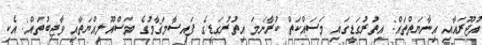
އުޖޫރައާއި އިނާޔަތްތައް: އިތުރުގަޑީގައި މަސައްކަތް ކުރާނަމަ އިތުރުގަޑީގެ ފައިސާމަޤާމުގެ މަސްއޫލިއްޔަތާއި ވާޖިބުތައް: އެކި